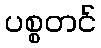
ပစ္စတင်